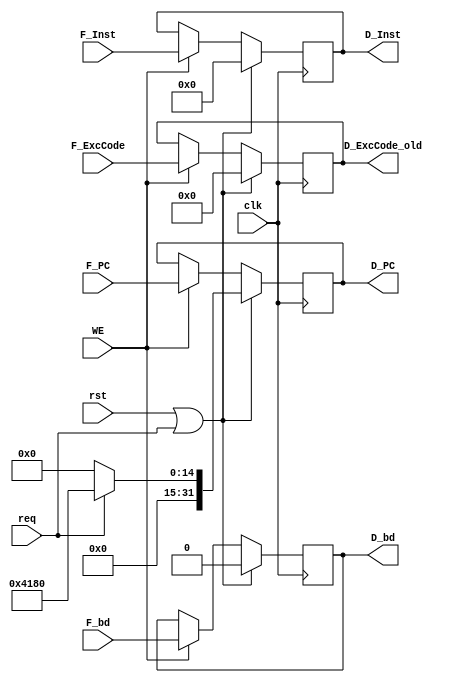
module D_Reg (
    input wire req,
    input wire [4:0] F_ExcCode,
    input wire F_bd,

    output reg [4:0] D_ExcCode_old,
    output reg D_bd,

    input wire        clk   ,
    input wire        rst   ,
    input wire        WE    ,
    input wire [31:0] F_PC   ,
    input wire [31:0] F_Inst ,
    output reg [31:0] D_PC   ,
    output reg [31:0] D_Inst 
);
    always @(posedge clk ) begin
        if (rst || req) begin
            D_PC   <= req ? 32'h00004180 : 0;
            D_Inst <= 0;
            D_ExcCode_old <= 0;
            D_bd <= 0;
        end
        else if (WE) begin
            D_PC   <= F_PC;
            D_Inst <= F_Inst;
            D_ExcCode_old <= F_ExcCode;
            D_bd <= F_bd;
        end
    end  
endmodule